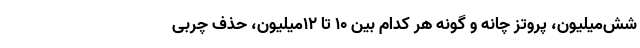
شش‌میلیون، پروتز چانه و گونه هر کدام بین ۱۰ تا ۱۲میلیون، حذف چربی